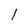
Character: 1